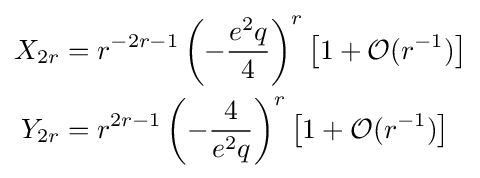
{\begin{aligned}X_{2r}&=r^{-2r-1}\left(-{\frac {e^{2}q}{4}}\right)^{r}\left[1+{\mathcal {O}}(r^{-1})\right]\\Y_{2r}&=r^{2r-1}\left(-{\frac {4}{e^{2}q}}\right)^{r}\left[1+{\mathcal {O}}(r^{-1})\right]\end{aligned}}